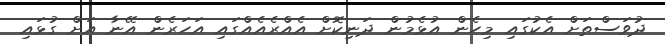
ދުވަސްތަށް އެކުގައި މިހެން އުޅެމުން ދަނިކޮށް އެއްރެއެއްގައި އަހަރެން އޭނާ އަށް ގުޅައި